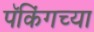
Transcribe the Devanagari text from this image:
पॅकिंगच्या